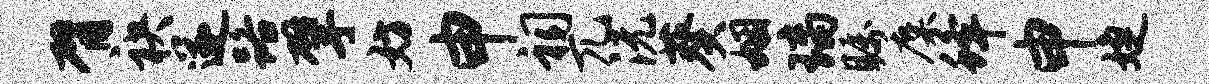
臂袂遂路擘妨申祠兀沅葵姻璃瞩麋蜂申婕